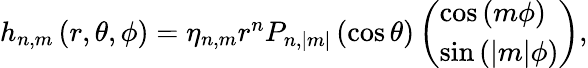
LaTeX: \begin{array}{r}{h_{n,m}\left(r,\theta,\phi\right)=\eta_{n,m}r^{n}P_{n,|m|}\left(\cos\theta\right)\left(\begin{array}{l}{\cos\left(m\phi\right)}\\ {\sin\left(|m|\phi\right)}\end{array}\right),}\end{array}